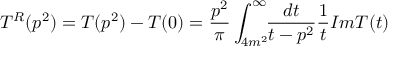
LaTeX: T ^ { R } ( p ^ { 2 } ) = T ( p ^ { 2 } ) - T ( 0 ) = \frac { p ^ { 2 } } { \pi } \int _ { 4 m ^ { 2 } } ^ { \infty } \! \! \frac { d t } { t - p ^ { 2 } } \frac { 1 } { t } I m T ( t )